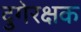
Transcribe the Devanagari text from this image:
दुगेरक्षक